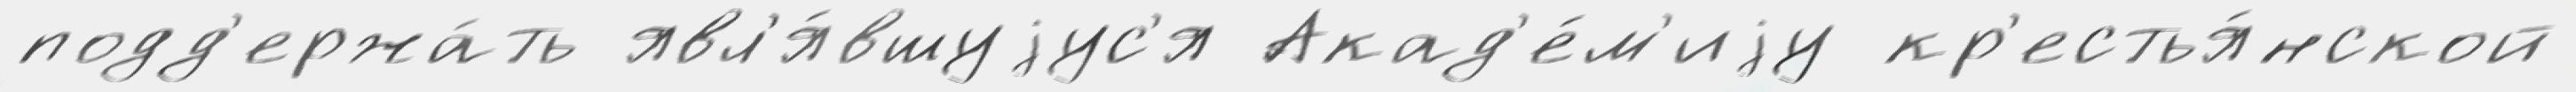
подд'ержа́ть явл'я́вшуjус'я Акад'е́м'иjу кр'естья́нской